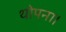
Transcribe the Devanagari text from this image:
थोपना।